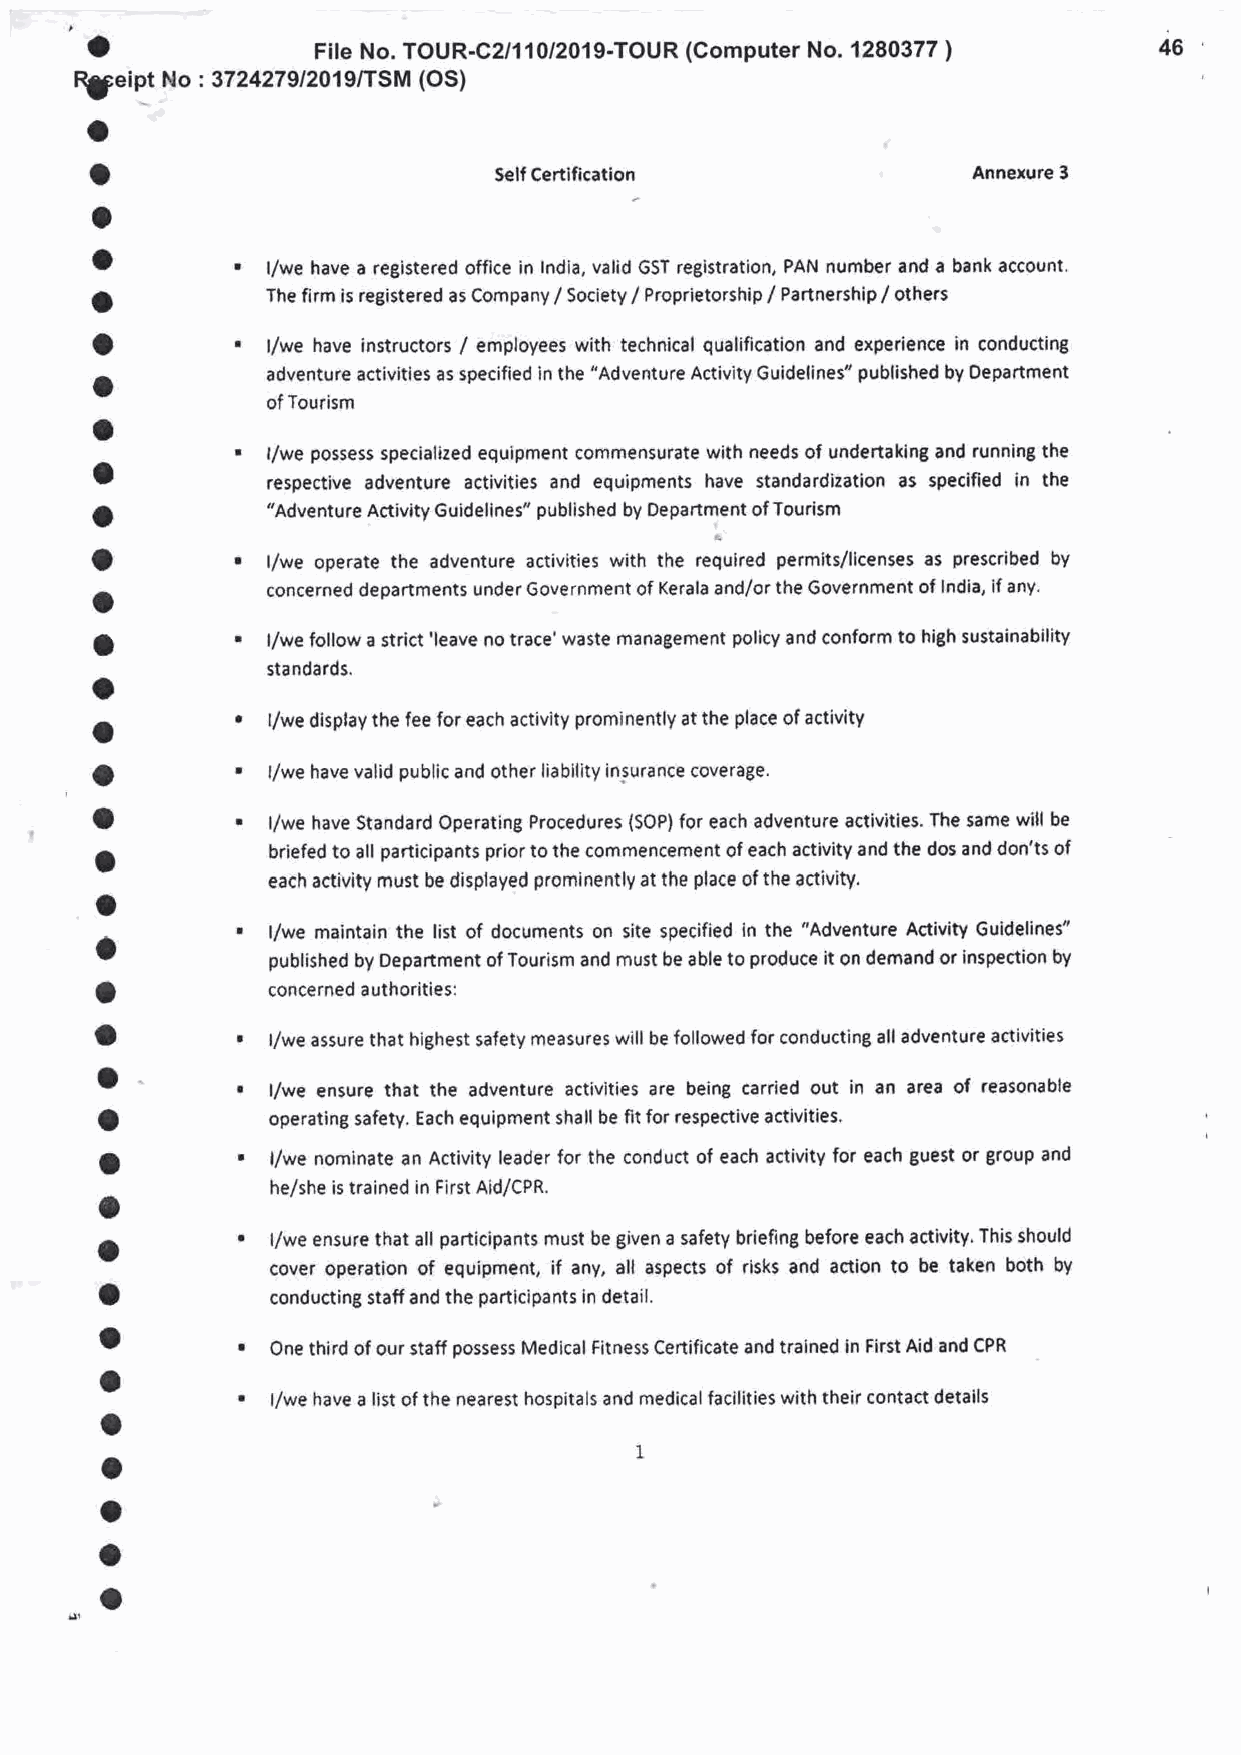
a
 File No. TOUR-C2/11012019-TOUR (Computer No. 1280377 )  46
 R3;eint No : 3724279/201 9/TSM (OS)
 a
 o
 Self Certification             Annexure 3
 o
 o
 l/we have a registered office in India, valid GST registration, PAN number and a bank account.
 a           The firm is registered as Company / Society / Proprietorship / Partnership / others
 o           l/we have instructors / employees with technical qualification and experience in conducting
 o           adventure activities as specified in the "Adventure Activity Guidelines" published by Oepartment
 of Tourism
 o
 l/we possess specialized equipment commensurate with needs of undertaking and running the
 o
 respective adventure activities and equipments have standardization as specified in the
 o           "Adventure Activity Guidelines" published by Department of Tourism
 o
 t/we operate the adventure activities with the reiuireO permits/licenses as prescribed by
 o           concerned departments under Government of Kerala and/or the Government of lndia, if any.
 a           l/we follow a strict'leave no trace' waste management policy and conform to hith sustainability
 o           sta ndards.
 a           l/we disptay the fee for each activity prominently at the place of activity
 o
 l/we have valid public and other liability insurance coverage'
 a
 l/we have Standard Operating Procedures (SOP) for each adventure activities. The same will be
 o           briefed to all participants prior to the commencement of each activity and the dos and don'ts of
 each activity must be displayed prominently at the place of the activity.
 o
 l/we maintain the list of documents on site specified in the "Adventure Activity Guidelines"
 o
 published by Department of Tourism and must be able to produce it on demand or inspection by
 a
 concerned a uthorities:
 o
 l/we assure that highest safety measures will be followed for conducting all adventure activities
 o
 l/we ensure that the adventure activities are being carried out in an area of reasonable
 o
 operating safety. Each equipment shall be fit for respective activities.
 o          l/we nominate an Activity leader for the conduct of each activity for each Euest or group and
 o          he/she is trained in First Aid/CPR.
 a           l/we ensure that all participants must be given a safety briefing before each activity. This should
 cover operation of equipment, if any, all aspects of risks and action to be taken both by
 o
 conducting staff and the participants in detail.
 o
 One third of our staff possess Medical titness Certificate and trained in First Aid and CPR
 o
 t/we have a list of the nearest hospitals and medical facilities with their contact details
 o
 o
 o
 o
 o